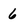
Character: 6